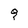
Character: g